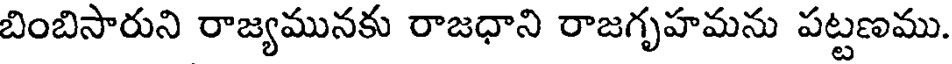
బింబిసారుని రాజ్యమునకు రాజధాని రాజగృహమను పట్టణము.